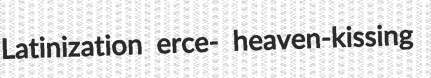
Latinization erce- heaven-kissing